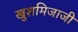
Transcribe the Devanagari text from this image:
खुशमिजाजी